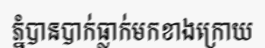
ភ្នំបានបាក់ធ្លាក់មកខាងក្រោយ